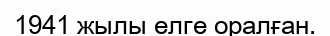
1941 жылы елге оралған.